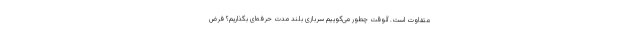
متفاوت است. آنوقت چطور می‌گوییم سربازی بلند مدت حرفه‌ای بگذاریم؟ فرض